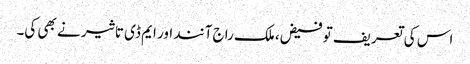
اس کی تعریف تو فیض، ملک راج آنند اور ایم ڈی تاثیر نے بھی کی۔